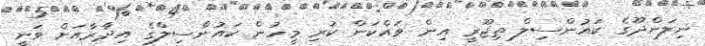
ނިލަންދޫގެ ކައުންސިލް ތިޖޫރީ އިން ވައްކަން ކުރި މީހުން ކައުންސިލްގެ އިދާރާއަށް ވަނީ